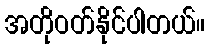
အတိုဝတ်နိုင်ပါတယ်။